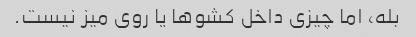
بله، اما چیزی داخل کشوها یا روی میز نیست.